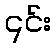
၎င်း